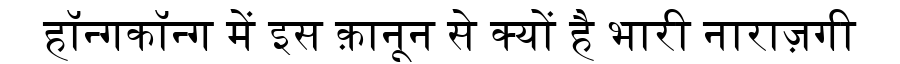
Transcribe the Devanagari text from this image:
हॉन्गकॉन्ग में इस क़ानून से क्यों है भारी नाराज़गी